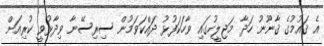
އެ ޤައުމުގެ ޤާނޫނު ހަދާ މަޖިލީހުގައި ވާހަކަފުޅު ދައްކަވަމުން ސިރިސޭނާ ވިދާޅުވީ ކުރިއަށް